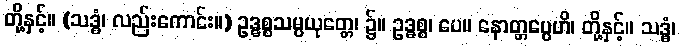
တို့နှင့်။ (သဒ္ဓံ၊ လည်းကောင်း။) ဥဒ္ဓစ္စသမ္ပယုတ္တေ၊ ၌။ ဥဒ္ဓစ္စ၊ ပေ။ နောတ္တပ္ပေဟိ၊ တို့နှင့်။ သဒ္ဓံ၊